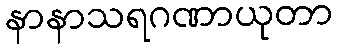
နာနာသရဂဏာယုတာ